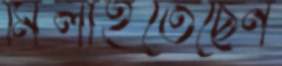
মিলাইতেছেন